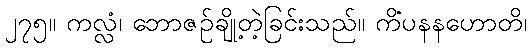
၂၇၅။ ကလ္လံ၊ ဘောဇဉ်ချို့တဲ့ခြင်းသည်။ ကိံပနနဟောတိ၊